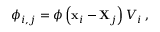
\phi _ { i , j } = \phi \left( \mathbf { { x } } _ { i } - \mathbf { { X } } _ { j } \right) V _ { i } \, ,